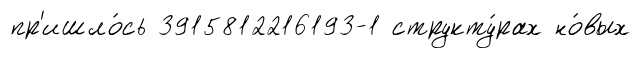
пр'ишло́сь 3915812216193-1 структу́рах но́вых